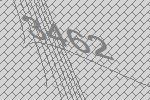
3462